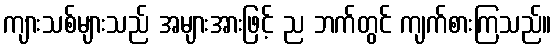
ကျားသစ်များသည် အများအားဖြင့် ည ဘက်တွင် ကျက်စားကြသည်။